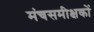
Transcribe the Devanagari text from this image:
मंचसमीक्षकों